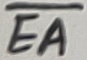
Text: EA